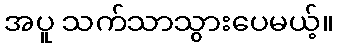
အပူ သက်သာသွားပေမယ့်။